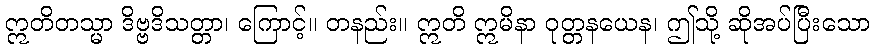
ဣတိတသ္မာ ဒိဗ္ဗဒိသတ္တာ၊ ကြောင့်။ တနည်း။ ဣတိ ဣမိနာ ဝုတ္တနယေန၊ ဤသို့ ဆိုအပ်ပြီးသော